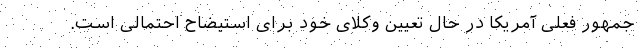
جمهور فعلی آمریکا در حال تعیین وکلای خود برای استیضاح احتمالی است.